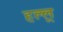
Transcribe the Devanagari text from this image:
हल्लू